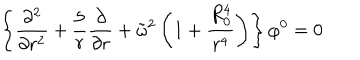
LaTeX: \left\{ { \frac { \partial ^ { 2 } } { \partial r ^ { 2 } } } + { \frac { 5 } { r } } { \frac { \partial } { \partial r } } + \tilde { \omega } ^ { 2 } \left( 1 + { \frac { R _ { 0 } ^ { 4 } } { r ^ { 4 } } } \right) \right\} \varphi ^ { 0 } = 0